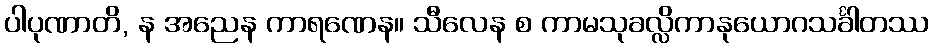
ပါပုဏာတိ, န အညေန ကာရဏေန။ သီလေန စ ကာမသုခလ္လိကာနုယောဂသင်္ခါတဿ